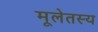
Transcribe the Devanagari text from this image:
मूलेतस्य